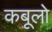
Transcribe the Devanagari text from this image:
कबूलो